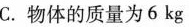
C.物体的质量为6kg